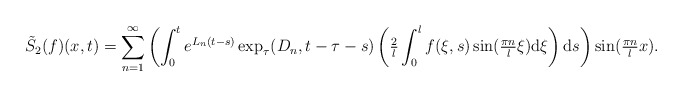
\begin{align*} \tilde{S}_{2}&(f)(x, t) = \sum_{n = 1}^{\infty} \left(\int_{0}^{t} e^{L_{n}(t - s)} \exp_{\tau}(D_{n}, t - \tau - s) \left(\tfrac{2}{l} \int_{0}^{l} f(\xi, s) \sin(\tfrac{\pi n}{l} \xi) \mathrm{d}\xi\right) \mathrm{d}s\right) \sin(\tfrac{\pi n}{l} x). \end{align*}